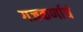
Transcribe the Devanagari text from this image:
गजकर्णाचं